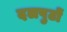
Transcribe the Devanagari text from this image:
दलपुटों